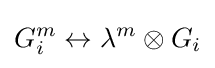
G_{i}^{m}\leftrightarrow \lambda ^{m}\otimes G_{i}